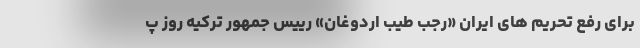
برای رفع تحریم های ایران «رجب طیب اردوغان» رییس جمهور ترکیه روز پ